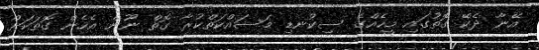
އޭނާ ދެކޭ ގޮތުގައި މީހެއްގެ ސިކުނޑި މަސައްކަތްކުރާ ގޮތް ނޫން އެހެން ގޮތަކަށް